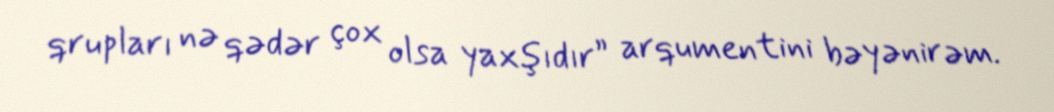
qrupları nə qədər çox olsa yaxşıdır” arqumentini bəyənirəm.